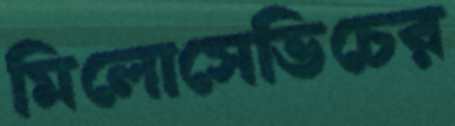
মিলোসেভিচের